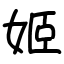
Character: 姬